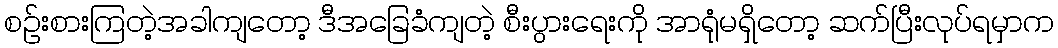
စဉ်းစားကြတဲ့အခါကျတော့ ဒီအခြေခံကျတဲ့ စီးပွားရေးကို အာရုံမရှိတော့ ဆက်ပြီးလုပ်ရမှာက